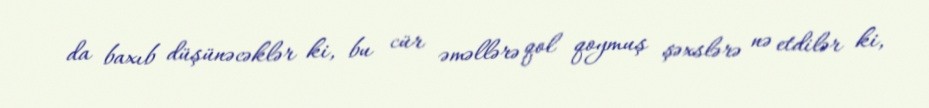
da baxıb düşünəcəklər ki, bu cür əməllərə qol qoymuş şəxslərə nə etdilər ki,